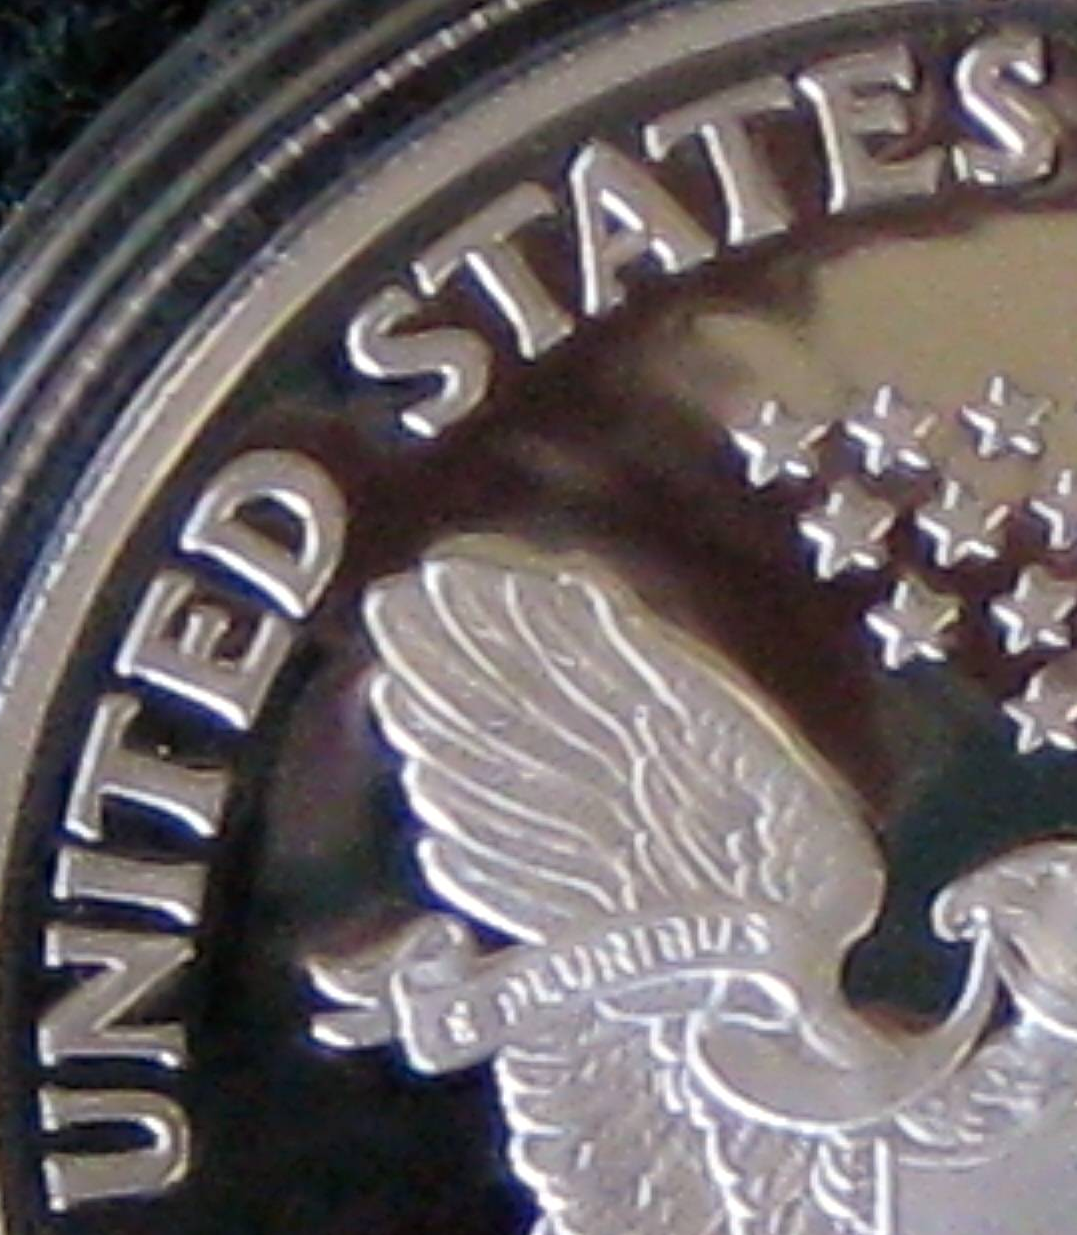
UNITED STATES